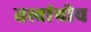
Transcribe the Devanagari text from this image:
तत्त्वांचीच